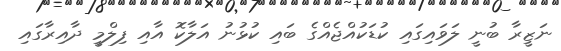
ނަޒީރާ ބުނީ ލަވައިގައި ކުޑަކުއްޖެއްގެ ބައި ކުޅުނު އަލާކޮ އާއި ފިލްމީ ދާއިރާގައި